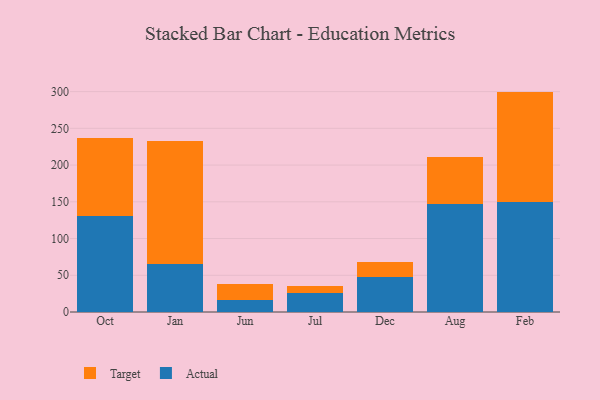
{"axis": {"x": "Month", "y": "Customer Acquisition Cost (USD)"}, "legend": ["Actual", "Target"], "data": [{"x": "Oct", "y": 130.8, "type": "Actual"}, {"x": "Oct", "y": 106.3, "type": "Target"}, {"x": "Jan", "y": 65.6, "type": "Actual"}, {"x": "Jan", "y": 167.3, "type": "Target"}, {"x": "Jun", "y": 16.3, "type": "Actual"}, {"x": "Jun", "y": 21.6, "type": "Target"}, {"x": "Jul", "y": 25.4, "type": "Actual"}, {"x": "Jul", "y": 10.2, "type": "Target"}, {"x": "Dec", "y": 47.8, "type": "Actual"}, {"x": "Dec", "y": 20.2, "type": "Target"}, {"x": "Aug", "y": 147.4, "type": "Actual"}, {"x": "Aug", "y": 64.1, "type": "Target"}, {"x": "Feb", "y": 150.3, "type": "Actual"}, {"x": "Feb", "y": 149.7, "type": "Target"}]}